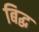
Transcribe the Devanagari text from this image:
बिद्ध